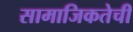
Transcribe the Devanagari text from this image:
सामाजिकतेची